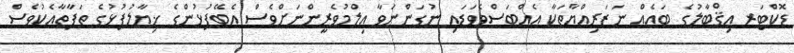
ޑޮކްޓަރ އިޤްބާލުގެ ބައެއް ނަޒަރިއްޔާތަކާ އެއްބަސްވެވަޑައި ނުގަންނަވާ ޢިލްމުވެރީންނަށްވެސް އެބޭފުޅުންގެ ޚިޔާލުފުޅުގެ ތަފާތާއެކުވެސް